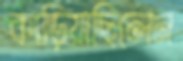
কাড়িয়াছিলেন